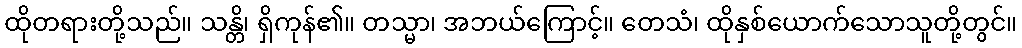
ထိုတရားတို့သည်။ သန္တိ၊ ရှိကုန်၏။ တသ္မာ၊ အဘယ်ကြောင့်။ တေသံ၊ ထိုနှစ်ယောက်သောသူတို့တွင်။